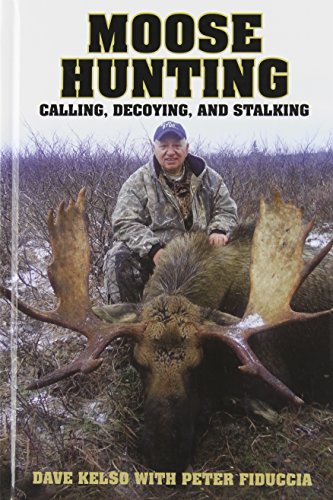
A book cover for Moose Hunting: Calling, Decoying, and Stalking; Dave Kelso; Sports & Outdoors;